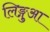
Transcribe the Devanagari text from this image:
लिङ्गुआ